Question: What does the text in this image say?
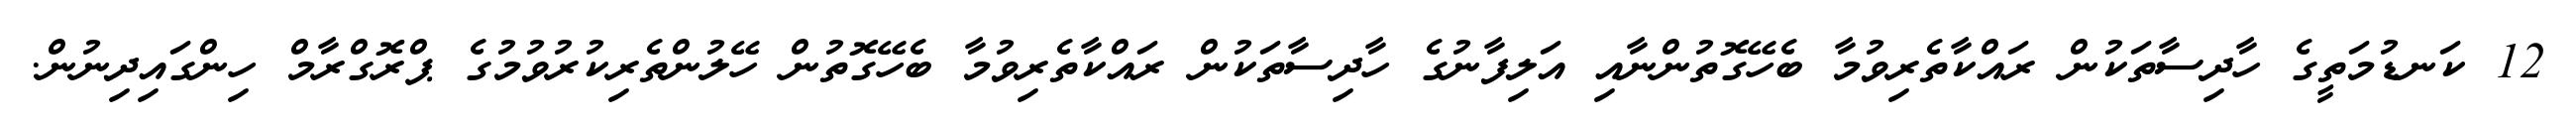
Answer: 12 ކަނޑުމަތީގެ ހާދިސާތަކުން ރައްކާތެރިވުމާ ބެހޭގޮތުންނާއި އަލިފާނުގެ ހާދިސާތަކުން ރައްކާތެރިވުމާ ބެހޭގޮތުން ހޭލުންތެރިކުރުވުމުގެ ޕްރޮގްރާމް ހިންގައިދިނުން.